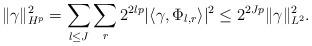
LaTeX: \begin{align*}\|\gamma\|^2_{H^p} = \sum_{l \le J}\sum_r 2^{2lp} |\langle \gamma, \Phi_{l,r}\rangle|^2 \le 2^{2Jp} \|\gamma\|^2_{L^2} .\end{align*}